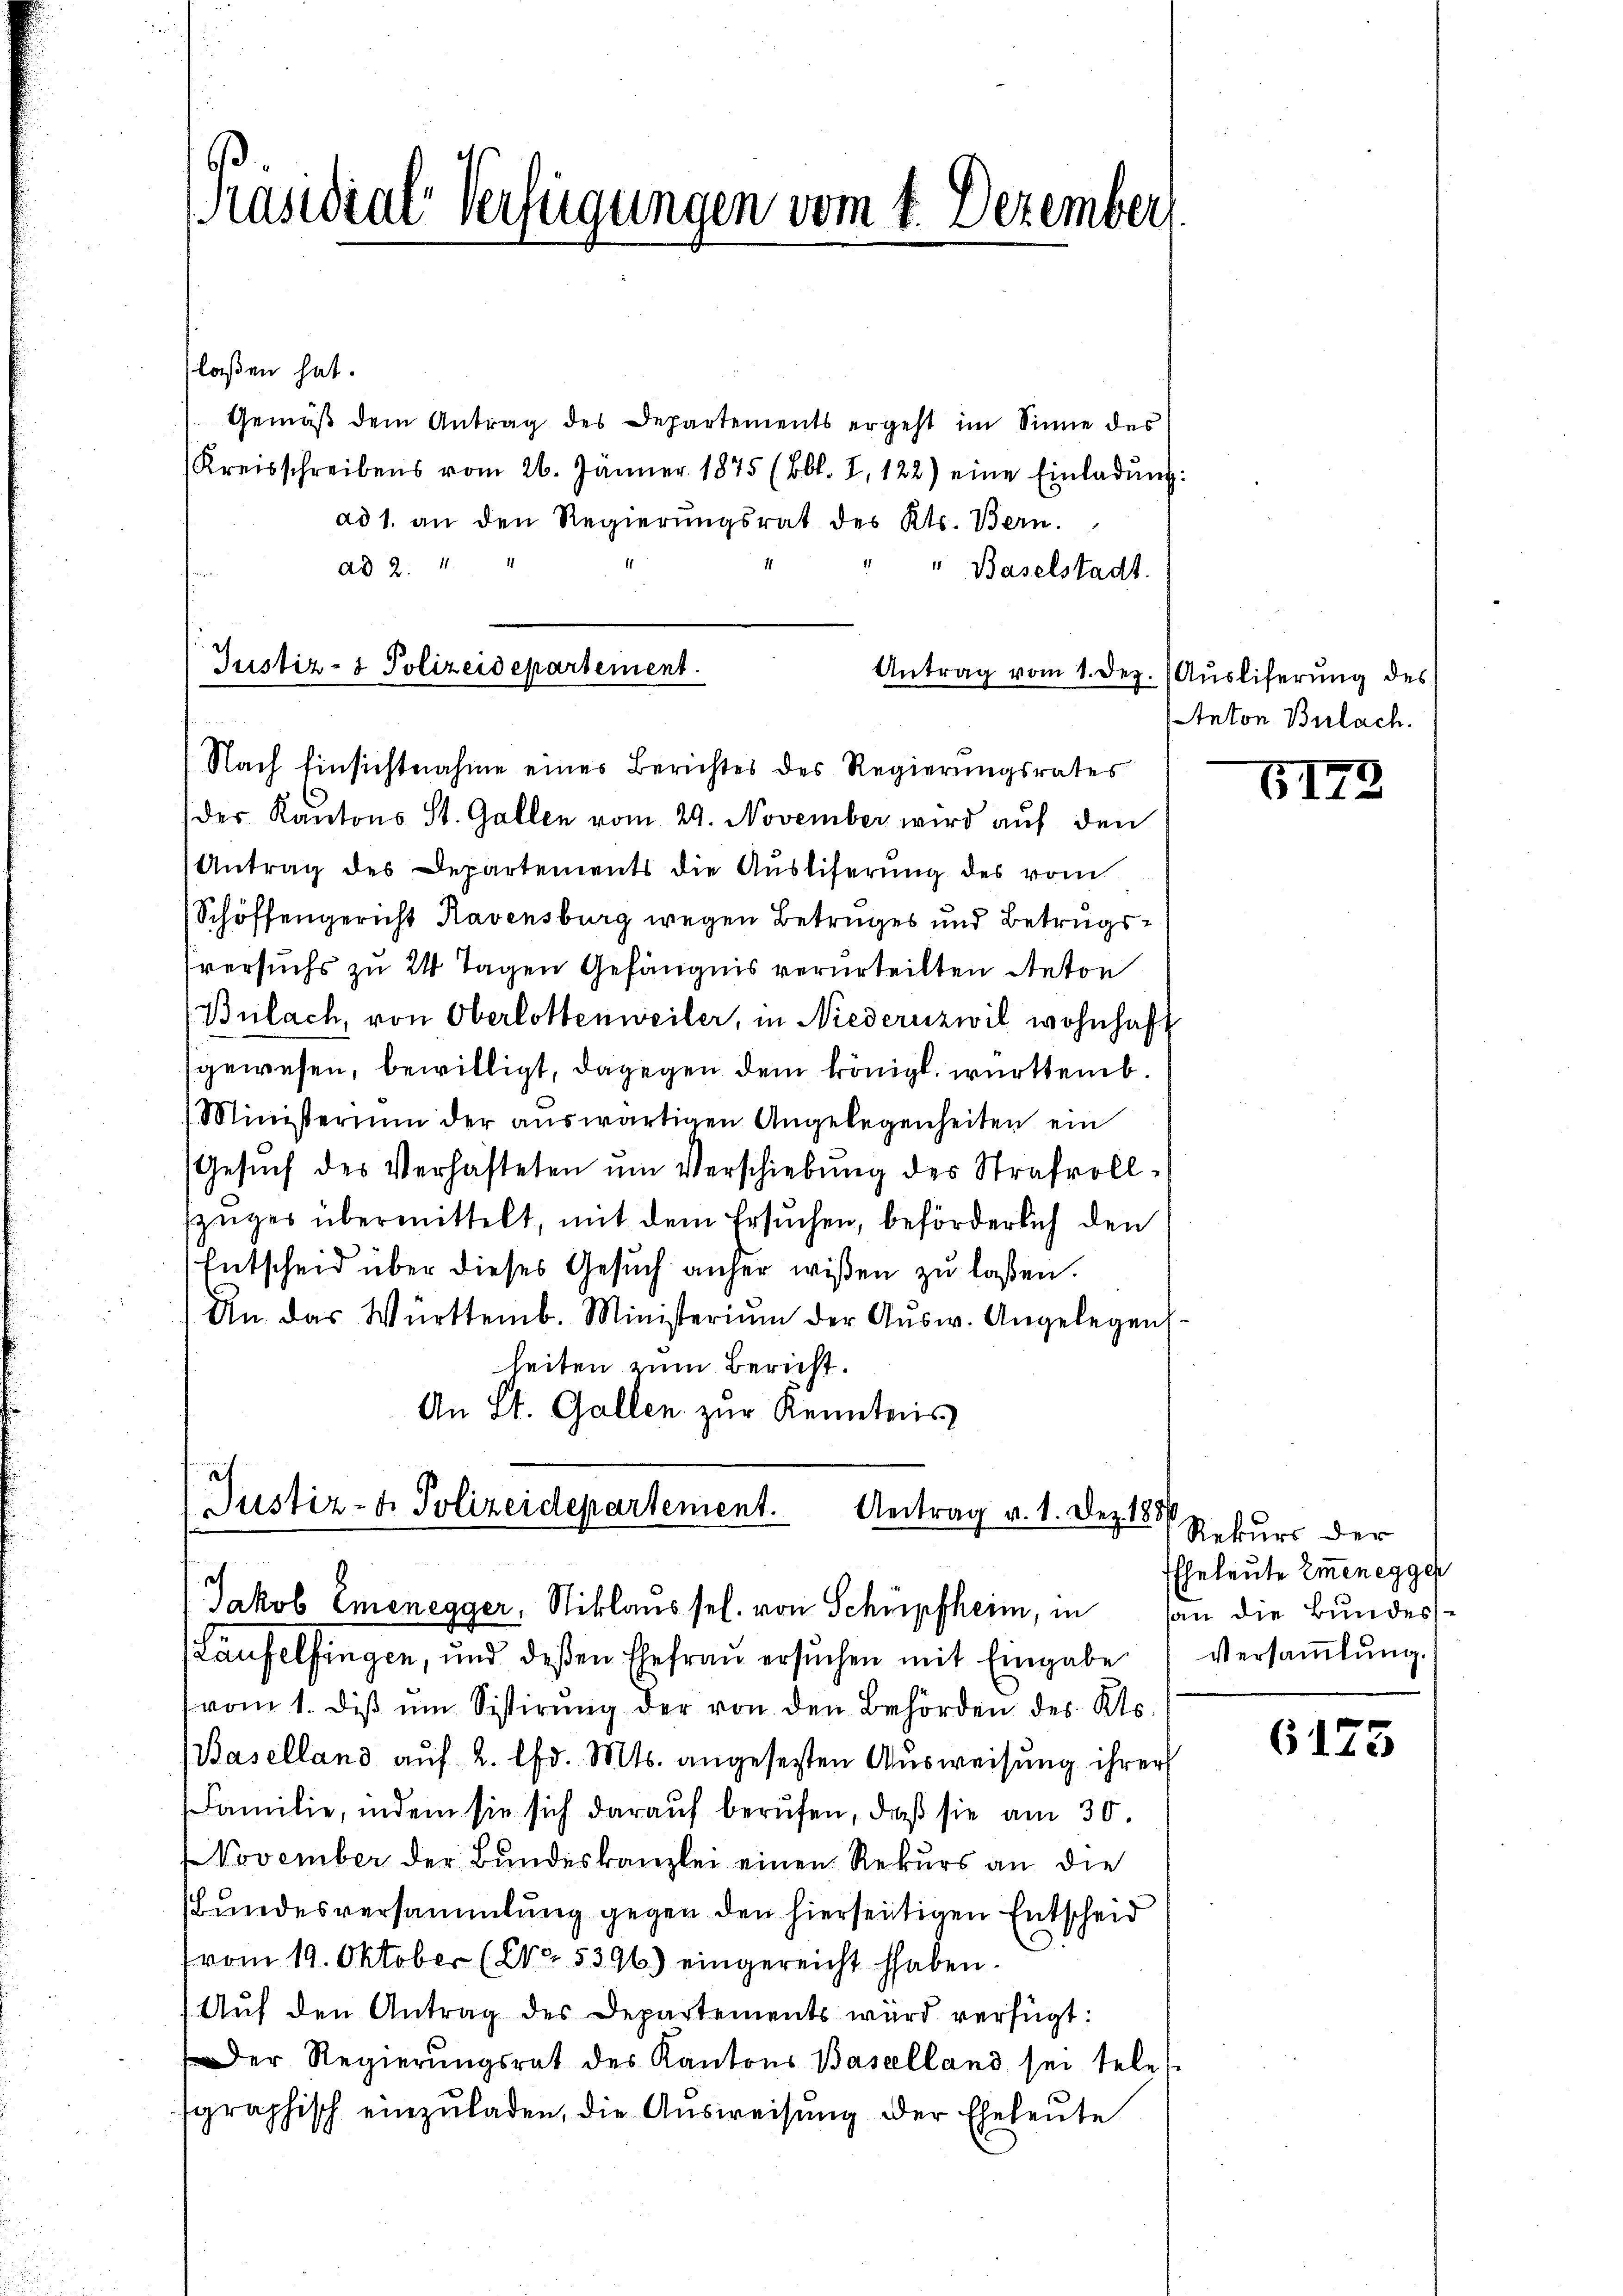
[Präsidial-Verfügungen vom 1. Dezember

laßen hat.
Gemäß dem Antrag des Departements ergeht im Sinne des
Kreisschreibens vom 26. Jänner 1875 (Bbl. I, 122) eine Einladŭng:
ad 1. an den Regierungsrat des Kts. Bern.
ad 2. 4
" Baselstadt.
Antrag vom 1. Dez. (Ausliferung des
der Kantons St. Gallen vom 29. November wird auf den
Antrag des Departements die Aŭsliferŭng des vom
Schöffengericht Ravensburg wegen Betruges und Betrugsversuchs zu 2 Tagen Gefängnis verurteilten Reton
Bülach, von Oberlottenweiler, in Niederuzwil wohnhaft
gewesen, bewilligt, dagegen dem königl. württemb.
Ministerium der aŭswärtigen Angelegenheiten ein
Gesŭch des Verhafteten ŭm Verschiebŭng des Strafvoll-
züger übermittelt, mit dem Ersuchen, beförderlich den
Entscheid über dieses Gesuch anher wissen zu lassen.
An das Württemb. Ministeriŭm der Aŭsw. Angelegen.
heiten zum Bericht.
An St. Gallen zur Kenntnis
af

Justiz- & Polizeidepartement.
Nach Einsichtnahme eines Berichtes des Regierungsrates

Justiz- u. Polizeidepartement. Antrag v. 1. Dez. 188
Jakob Emenegger, Niklaus sel. von Schüpfheim, in an die Bundes¬

(Laufelfingen, und deßen Ehefrau ersuchen mit Eingabe
vom 1. diβ ŭm Sistirŭng der von den Behörden des Kts.
(Baselland auf 2. lfd. Mts. angesezten Ausweisung ihrer
Familie, indem sie sich darauf berufen, daß sie am 30.
NNovember der Bundeskanzlei einen Rekurs an die
Bundesversammlung gegen den hierseitigen Entscheid
vom 19. Oktober (Nr. 5396) eingereicht haben.
Aŭf den Antrag des Departements wird verfügt:
Der Regierungsrat des Kantons Baselland sei telet
sgraphisch einzŭladen, die Aŭsweisŭng der Eheleute

Anton Bülach.

5173

Rekurs der
Eheleute Emmenegger
Versammlung.

6173